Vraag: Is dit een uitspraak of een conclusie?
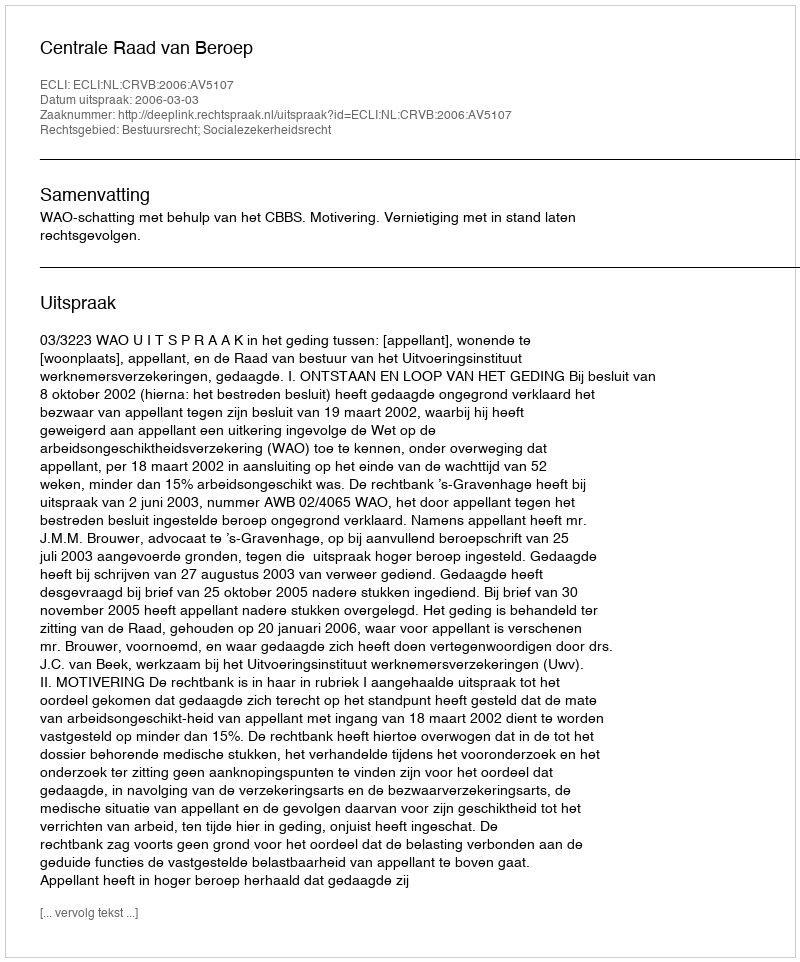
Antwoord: Uitspraak